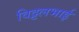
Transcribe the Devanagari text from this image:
विट्टलभाई